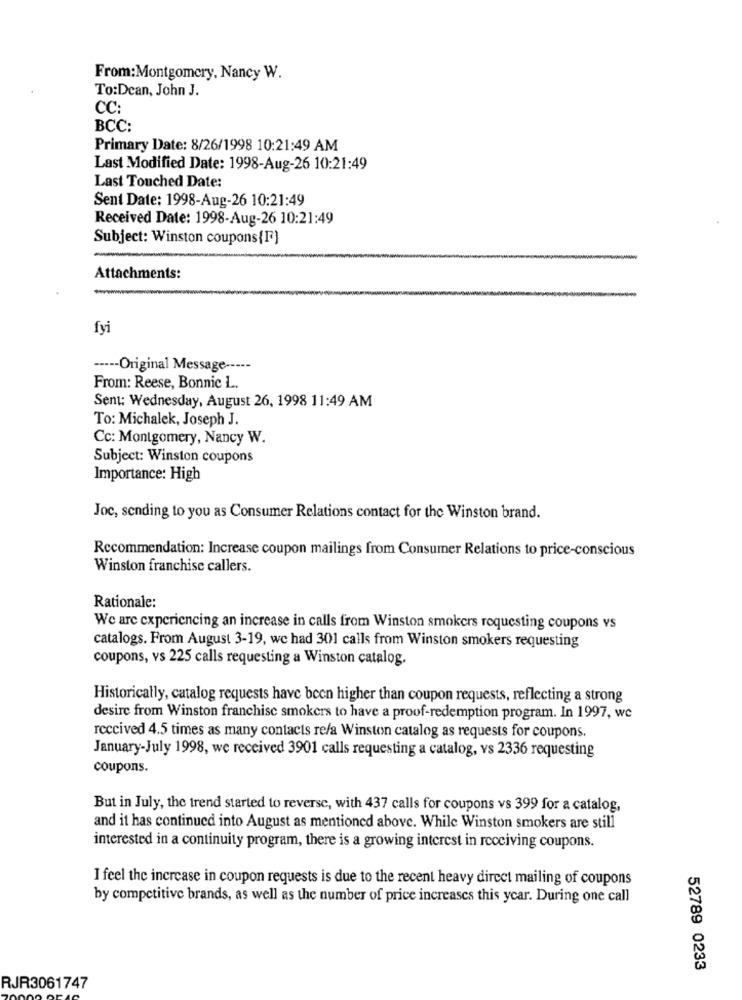
From:Montgomery, Nancy W.
To:Dean, John J.
CC:
BCC:
Primary Date: 8/26/1998 10:21:49 AM
Last Modified Date: 1998-Aug-26 10:21:49
Last Touched Date:
Sent Date: 1998-Aug-26 10:21:49
Received Date: 1998-Aug-26 10:21:49
Subject: Winston coupons{F)
Attachments:
fyi
----- Original Message -----
From: Reese, Bonnic L.
Sent: Wednesday, August 26, 1998 11:49 AM
To: Michalek, Joseph J.
Cc: Montgomery, Nancy W.
Subject: Winston coupons
Importance: High
Joc, sending to you as Consumer Relations contact for the Winston brand.
Recommendation: Increase coupon mailings from Consumer Relations to price-conscious
Winston franchise callers.
Rationale:
We are experiencing an increase in calls from Winston smokers requesting coupons vs
catalogs. From August 3-19, we had 301 calls from Winston smokers requesting
coupons, vs 225 calls requesting a Winston catalog.
Historically, catalog requests have been higher than coupon requests, reflecting a strong
desire from Winston franchise smokers to have a proof-redemption program. In 1997, we
received 4.5 times as many contacts re/a Winston catalog as requests for coupons.
January-July 1998, we received 3901 calls requesting a catalog, vs 2336 requesting
coupons.
But in July, the trend started to reverse, with 437 calls for coupons vs 399 for a catalog,
and it has continued into August as mentioned above. While Winston smokers are still
interested in a continuity program, there is a growing interest in receiving coupons.
I feel the increase in coupon requests is due to the recent heavy direct mailing of coupons
by competitive brands, as well as the number of price increases this year. During one call
52789 0233
RJR3061747